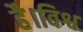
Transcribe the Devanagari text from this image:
है।विश्व